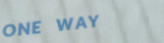
ONE WAY